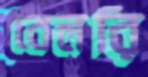
বেলরি